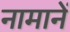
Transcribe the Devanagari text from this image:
नामानें